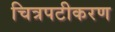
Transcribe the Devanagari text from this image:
चित्रपटीकरण